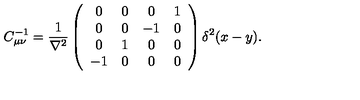
C _ { \mu \nu } ^ { - 1 } = \frac { 1 } { \nabla ^ { 2 } } \left( \begin{array} { c c c c } { 0 } & { 0 } & { 0 } & { 1 } \\ { 0 } & { 0 } & { - 1 } & { 0 } \\ { 0 } & { 1 } & { 0 } & { 0 } \\ { - 1 } & { 0 } & { 0 } & { 0 } \\ \end{array} \right) \delta ^ { 2 } ( x - y ) .